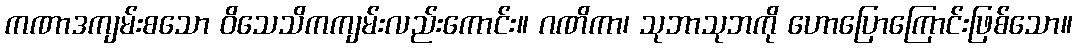
ကဏာဒကျမ်းစသော ဝိသေသိကကျမ်းလည်းကောင်း။ ဂဏိကာ၊ သုဘာသုဘကို ဟောပြောကြောင်းဖြစ်သော။